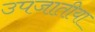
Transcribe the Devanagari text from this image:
उपजातीया